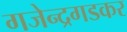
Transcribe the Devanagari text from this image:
गजेन्द्रगडकर